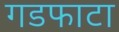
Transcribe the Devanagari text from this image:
गडफाटा